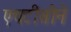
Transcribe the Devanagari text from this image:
एचटीसीने